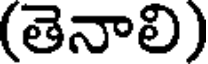
(తెనాలి)